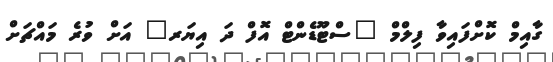
ގާއިމް ކޮށްފައިވާ ފިލްމް "ސްޓޫޑެންޓް އޮފް ދަ އިޔަރ" އަށް ވުރެ މައްޗަށް